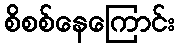
စိစစ်နေကြောင်း